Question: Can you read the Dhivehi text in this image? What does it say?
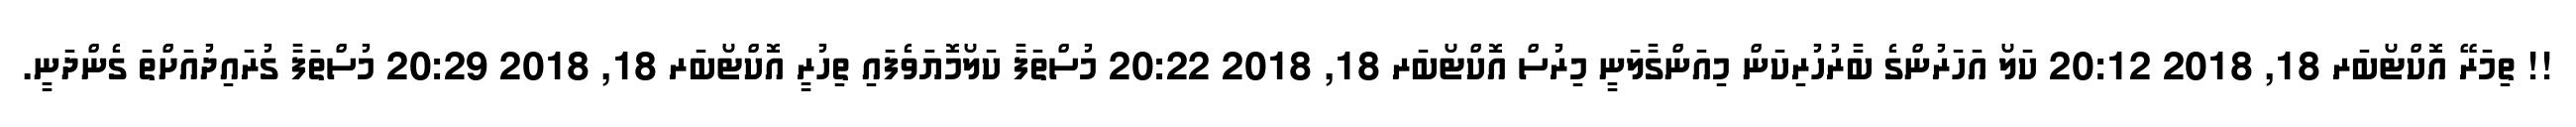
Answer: !! ތިމަރޭ އޮކްޓޯބަރ 18, 2018 20:12 ކަލޯ އަހަރުންގެ ބާރުހުރިކަން މިއަންގާލަނީ މިރުސް އޮކްޓޯބަރ 18, 2018 20:22 މުސްތަފާ ކަލޯމޮޔަވެފައި ތިހުރީ އޮކްޓޯބަރ 18, 2018 20:29 މުސްތަފާ ގުރައިދުއަށްތަ ގެންދަނީ.